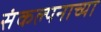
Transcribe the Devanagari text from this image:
संकल्पनाच्या